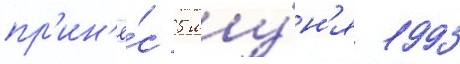
пр'ин'ё́с 5 иу́н'я 1993